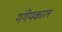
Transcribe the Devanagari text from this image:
गंगेयकाल